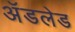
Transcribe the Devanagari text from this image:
अॅडलेड